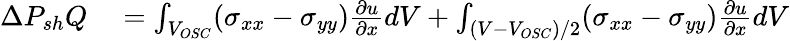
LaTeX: \begin{array}{rl}{\Delta P_{sh}Q}&{{}=\int_{V_{OSC}}(\sigma_{xx}-\sigma_{yy})\frac{\partial u}{\partial x}dV+\int_{(V-V_{OSC})/2}(\sigma_{xx}-\sigma_{yy})\frac{\partial u}{\partial x}dV}\end{array}